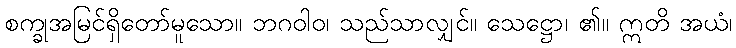
စက္ခုအမြင်ရှိတော်မူသော။ ဘဂဝါဝ၊ သည်သာလျှင်။ သေဋ္ဌော၊ ၏။ ဣတိ အယံ၊